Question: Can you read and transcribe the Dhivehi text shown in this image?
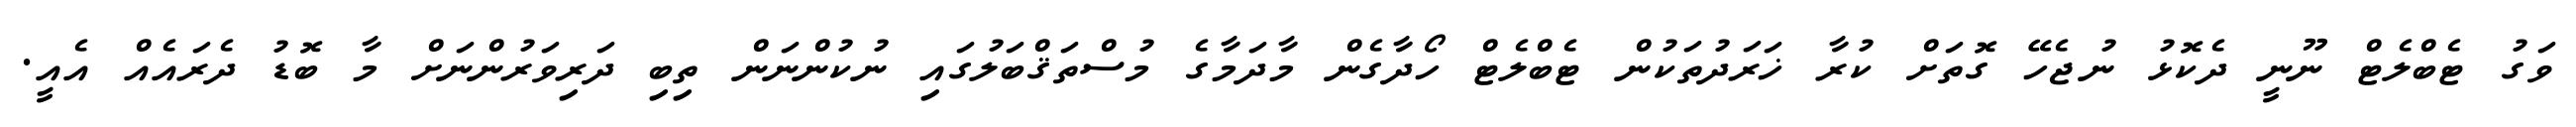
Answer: ވަގު ޓެބްލެޓް ނޫނީ ދެކޮޅު ނުޖެހޭ ގޮތަށް ކުރާ ޚަރަދުތަކުން ޓެބްލެޓް ހޯދާގެން މާދަމާގެ މުސްތަޤްބަލުގައި ނުކުންނަން ތިބި ދަރިވަރުންނަށް މާ ބޮޑު ދެރައެއް އެއީ.